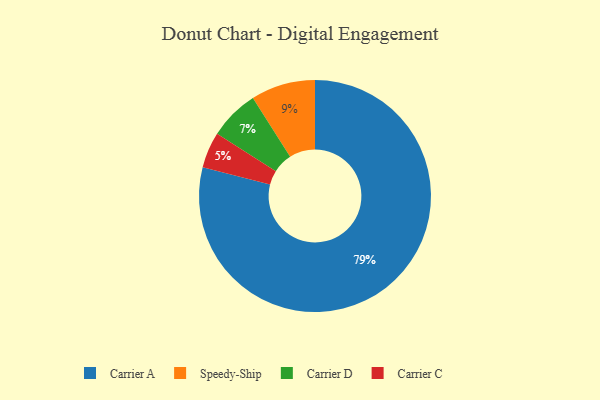
{"axis": {"x": "Category", "y": "Percentage"}, "legend": ["Carrier A", "Carrier C", "Carrier D", "Speedy-Ship"], "data": [{"x": "Carrier A", "y": 79, "type": "Carrier A"}, {"x": "Speedy-Ship", "y": 9, "type": "Speedy-Ship"}, {"x": "Carrier C", "y": 5, "type": "Carrier C"}, {"x": "Carrier D", "y": 7, "type": "Carrier D"}]}